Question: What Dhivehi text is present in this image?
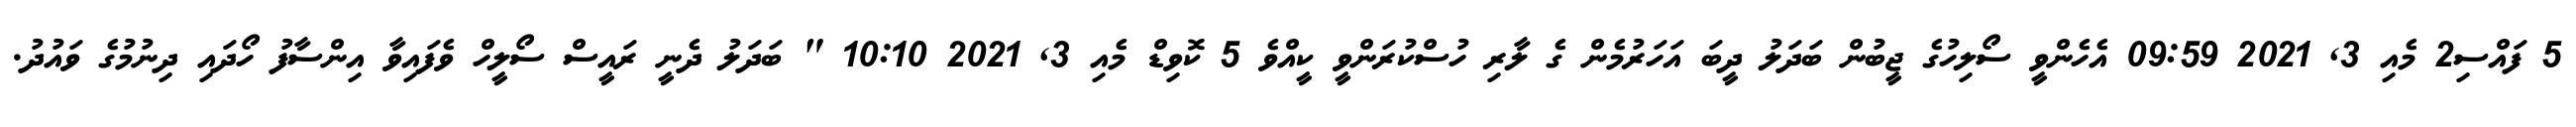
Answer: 5 ފައްސި2 މެއި 3, 2021 09:59 އެހެންވީ ސޯލިހުގެ ޖީބުން ބަދަލު ދީބަ އަހަރުމެން ގެ ލާރި ހުސްކުރަންވީ ކީއްވެ 5 ކޮވިޑް މެއި 3, 2021 10:10 " ބަދަލު ދެނީ ރައީސް ސޯލީހް ވެފައިވާ އިންސާފު ހޯދައި ދިނުމުގެ ވައުދު.